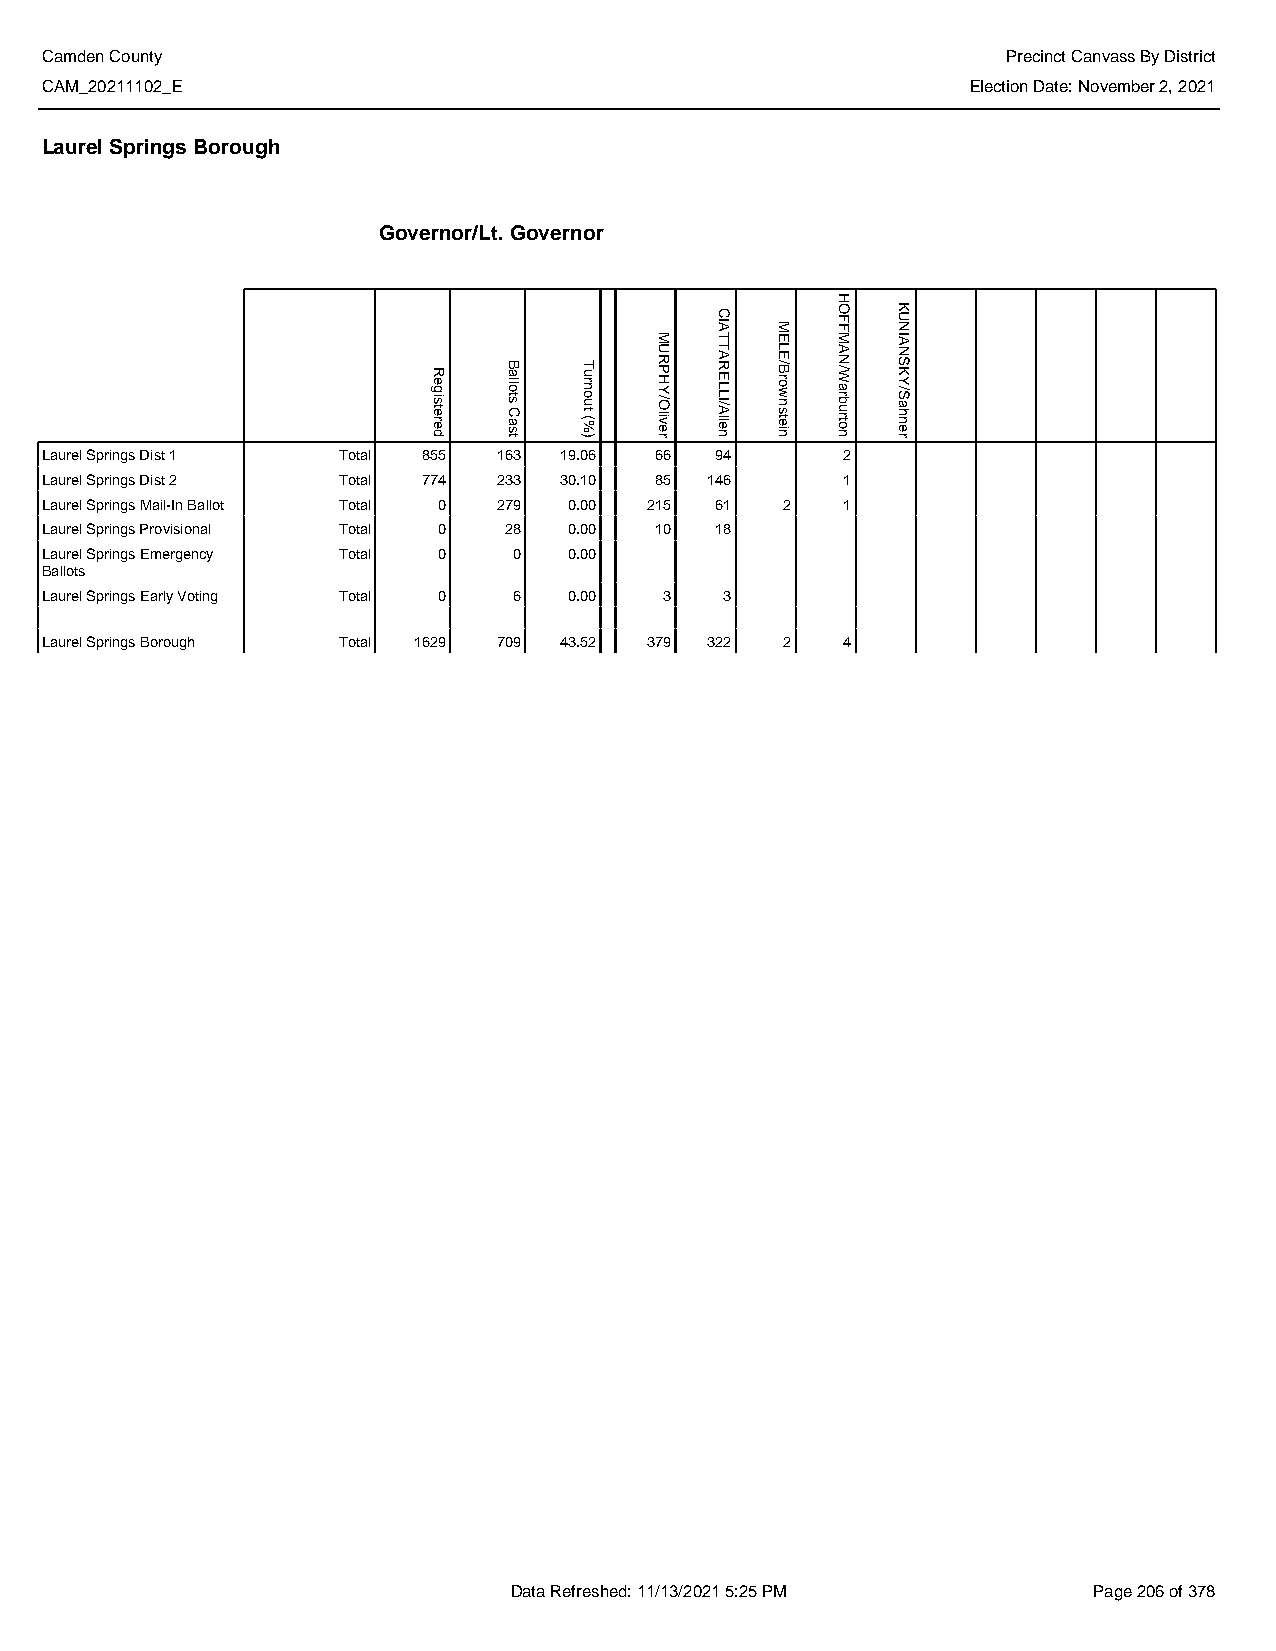
Camden County                                                   Precinct Canvass By District
 CAM_20211102_E                                               Election Date: November 2, 2021
 Laurel Springs Borough
 Governor/Lt. Governor
 Laurel Springs Dist 1 Total 855 163 19.06 66 94      2
 Laurel Springs Dist 2 Total 774 233 30.10 85 146     1
 Laurel Springs Mail-In Ballot Total 0 279 0.00 215 61 2 1
 Laurel Springs Provisional Total 0 28 0.00 10 18
 Laurel Springs Emergency Total 0 0 0.00
 Ballots
 Laurel Springs Early Voting Total 0 6 0.00 3 3
 Laurel Springs Borough Total 1629 709 43.52 379 322 2 4
 Data Refreshed: 11/13/2021 5:25 PM    Page 206 of 378
 Registered
 Ballots
 Cast
 Turnout
 (%)
 MURPHY/Oliver
 CIATTARELLI/Allen
 MELE/Brownstein
 HOFFMAN/Warburton
 KUNIANSKY/Sahner